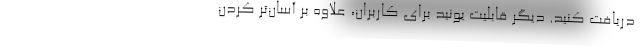
دریافت کنید. دیگر قابلیت یونید برای کاربران، علاوه بر آسان‌تر کردن